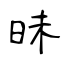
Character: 昧